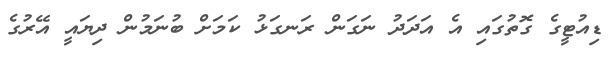
ޑިއުޓީގެ ގޮތުގައި އެ އަދަދު ނަގަން ރަނގަޅު ކަމަށް ބުނަމުން ދިޔައީ އޭރުގެ